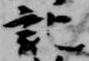
記